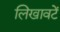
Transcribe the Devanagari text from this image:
लिखावटें